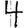
Digit: 4